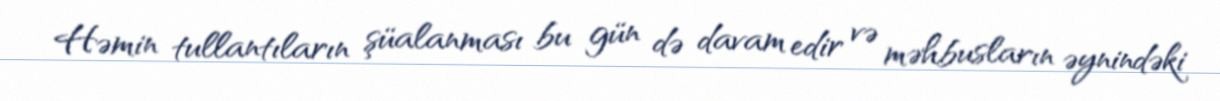
Həmin tullantıların şüalanması bu gün də davam edir və məhbusların əynindəki